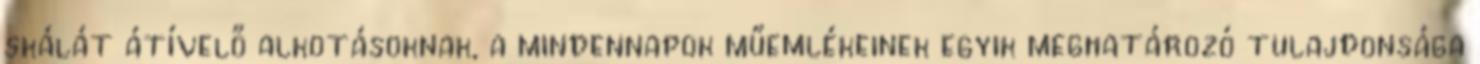
skálát átívelő alkotásoknak, a mindennapok műemlékeinek egyik meghatározó tulajdonsága